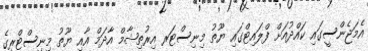
އެމަޖެންސީގައި ކައްދުއަށް ފްލައިޓްގައި ޔޫތު މިނިސްޓަރ އިރުތިޝާމް އާދަމް އާއި ޔޫތު މިނިސްޓްރީގެ